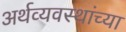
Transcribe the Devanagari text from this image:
अर्थव्यवस्थांच्या